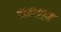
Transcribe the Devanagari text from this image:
चत्वार